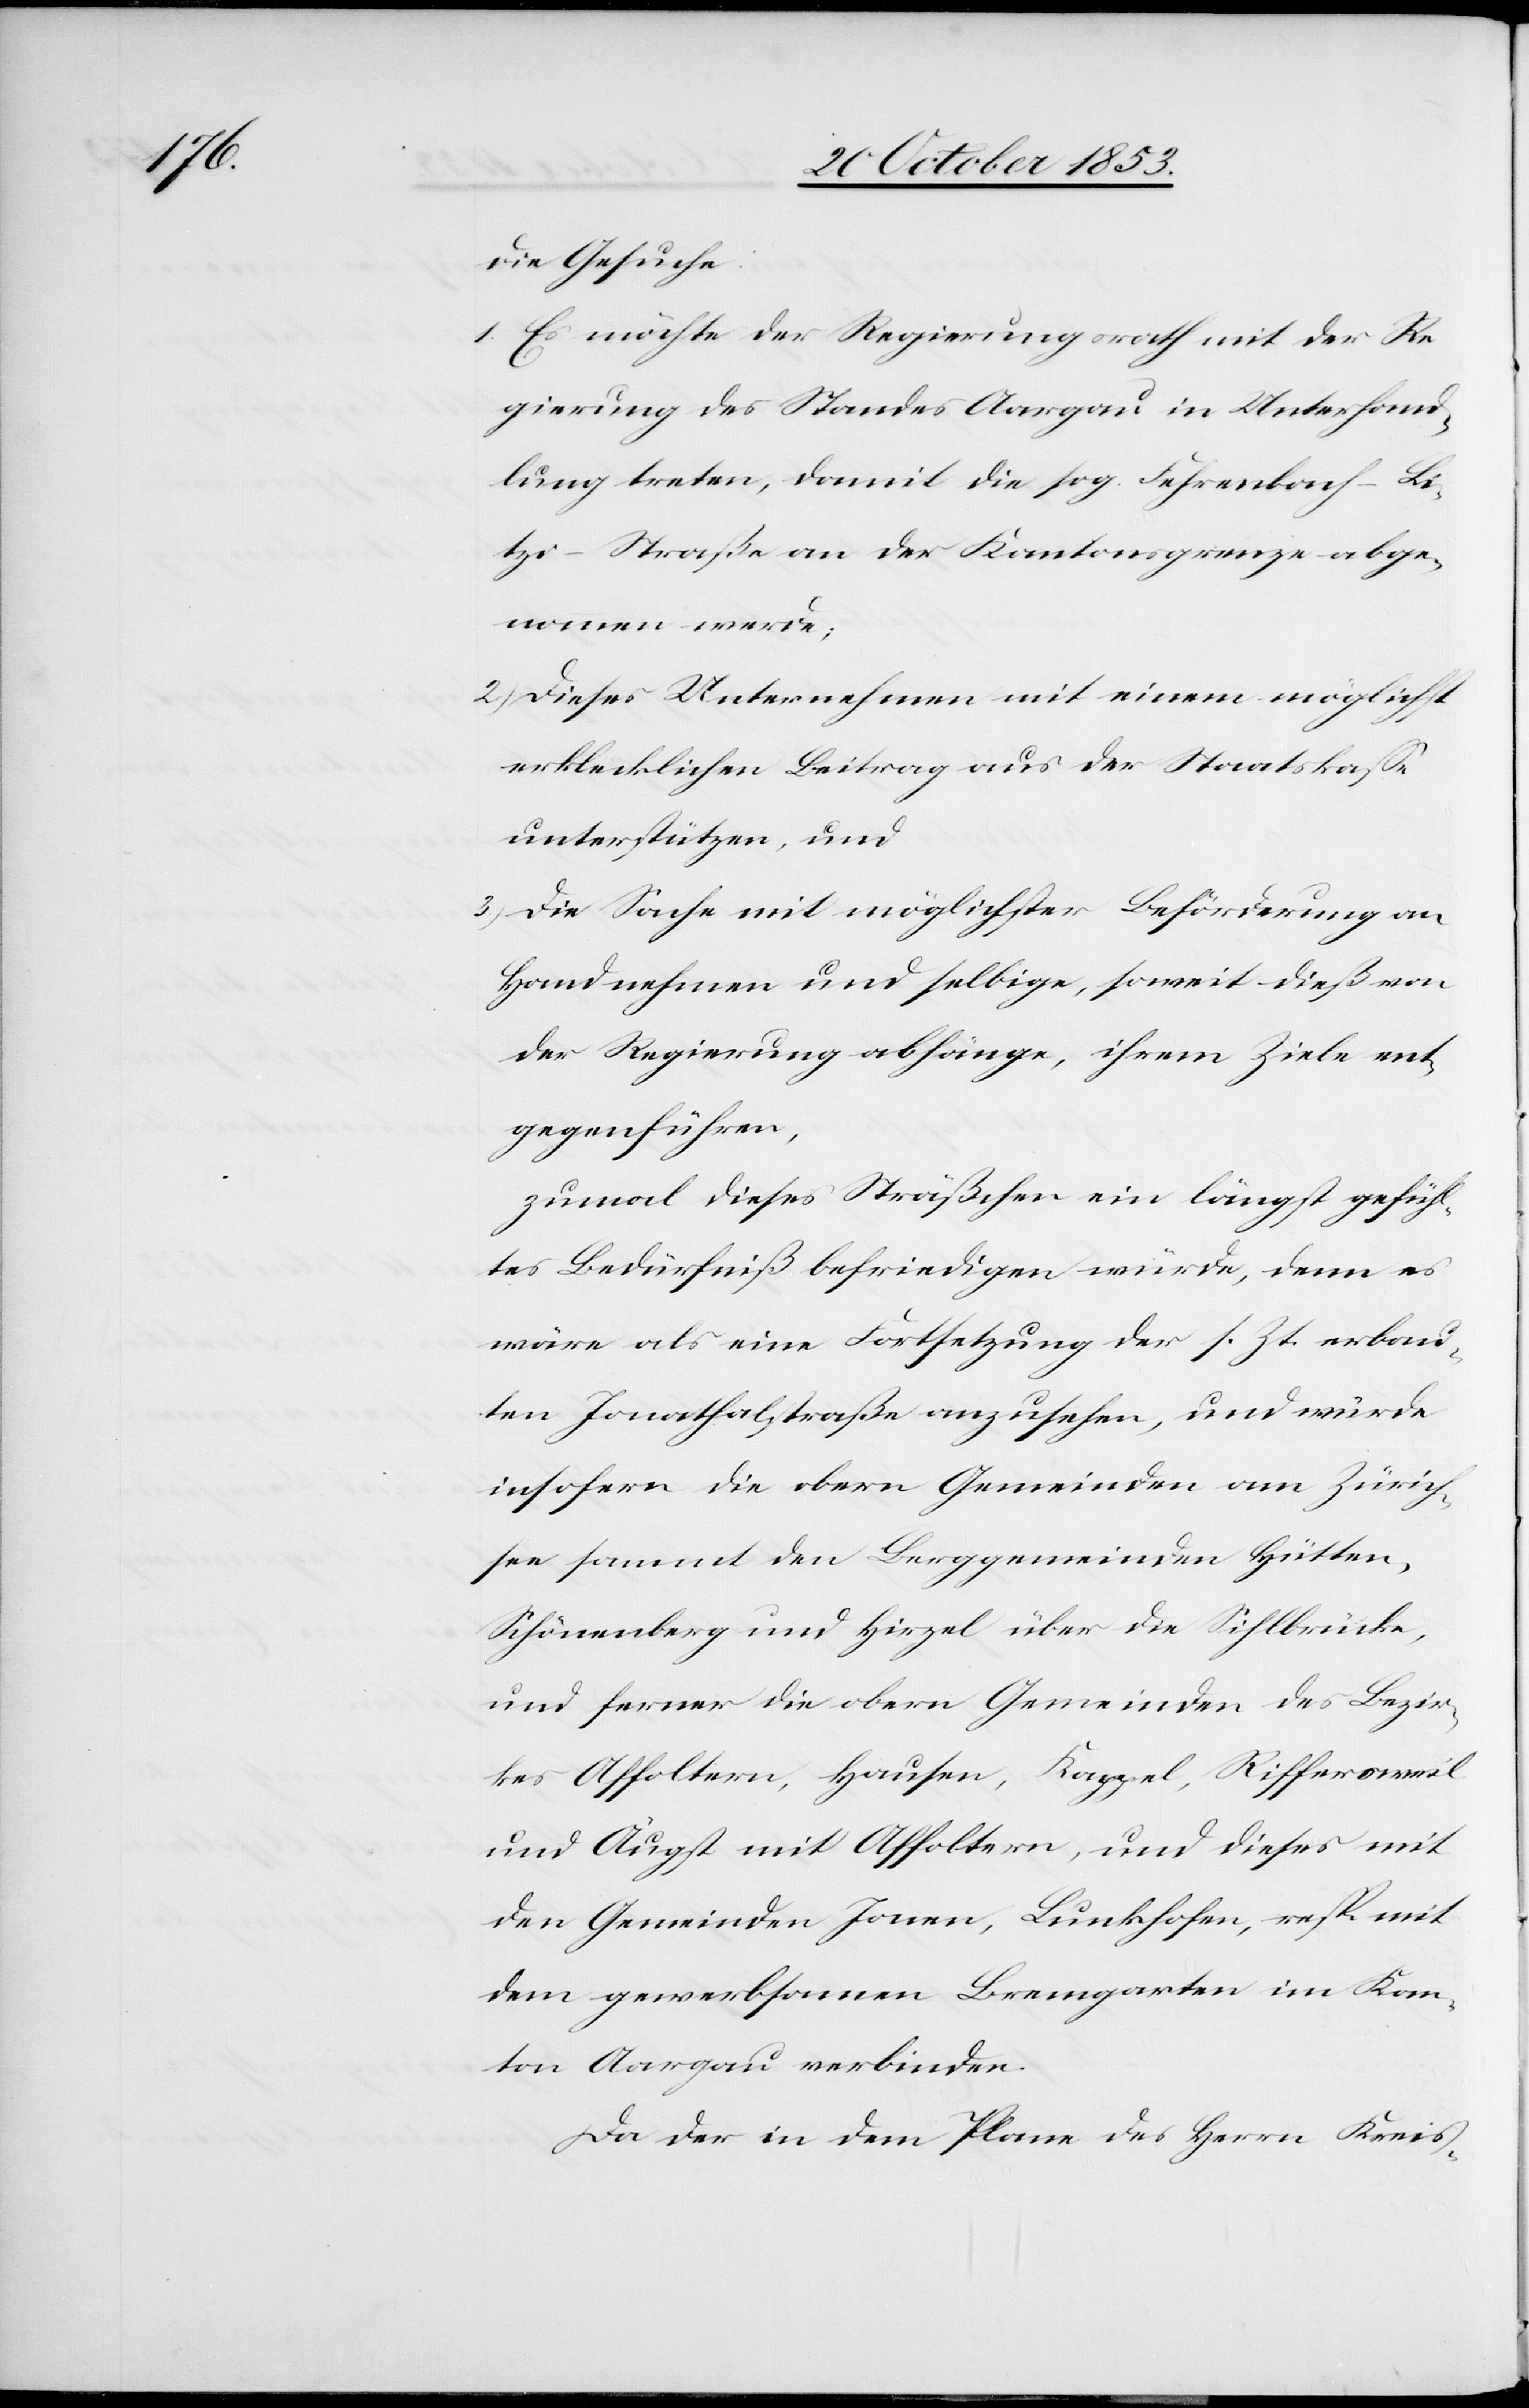
die Gesuche.
1. Es möchte der Regierungsrath mit der Re¬
gierung des Standes Aargau in Unterhand¬
lung treten, damit die sog. Fehrenbach–Li¬
tzi–Straße an der Kantonsgrenze abge¬
nommen werde;
2.) Dieses Unternehmen mit einem möglichst
erklecklichen Beitrag aus der Staatskaße
unterstützen, und
3.) Die Sache mit möglichster Beförderung an
Hand nehmen und selbige, soweit dieß von
der Regierung abhänge, ihrem Ziele ent¬
gegenführen,
zumal dieses Sträßchen ein längst geführ¬
tes Bedürfniß befriedigen würde, denn es
wäre als eine Fortsetzung der s. Zt. erbau¬
ten Jonathalstraße anzusehen, und würde
insofern die obern Gemeinden am Zürich¬
see sammt den Berggemeinden Hütte¬
n-Schönenberg und Hirzel über die Sihlbrücke,
und ferner die obern Gemeinden des Bezir¬
kes Affoltern, Hausen, Kappel, Riffersweil
und Augst mit Affoltern, und dieses mit
den Gemeinden Jonen, Bunkhofen, resp. mit
dem gewerbsamen Bremgarten im Kan¬
ton Aargau verbinden.
Da der in dem Plane des Herrn Kreis-